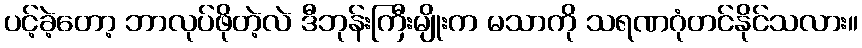
ပင့်ခဲ့တော့ ဘာလုပ်ဖိုတဲ့လဲ ဒီဘုန်းကြီးမျိုးက မသာကို သရဏဂုံတင်နိုင်သလား။